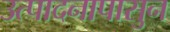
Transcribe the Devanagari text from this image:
उत्पादनापासुन